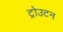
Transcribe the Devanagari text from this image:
ट्रोउटन